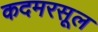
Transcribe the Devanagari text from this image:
कदमरसूल